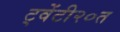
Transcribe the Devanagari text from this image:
ट्वेंटी२०त